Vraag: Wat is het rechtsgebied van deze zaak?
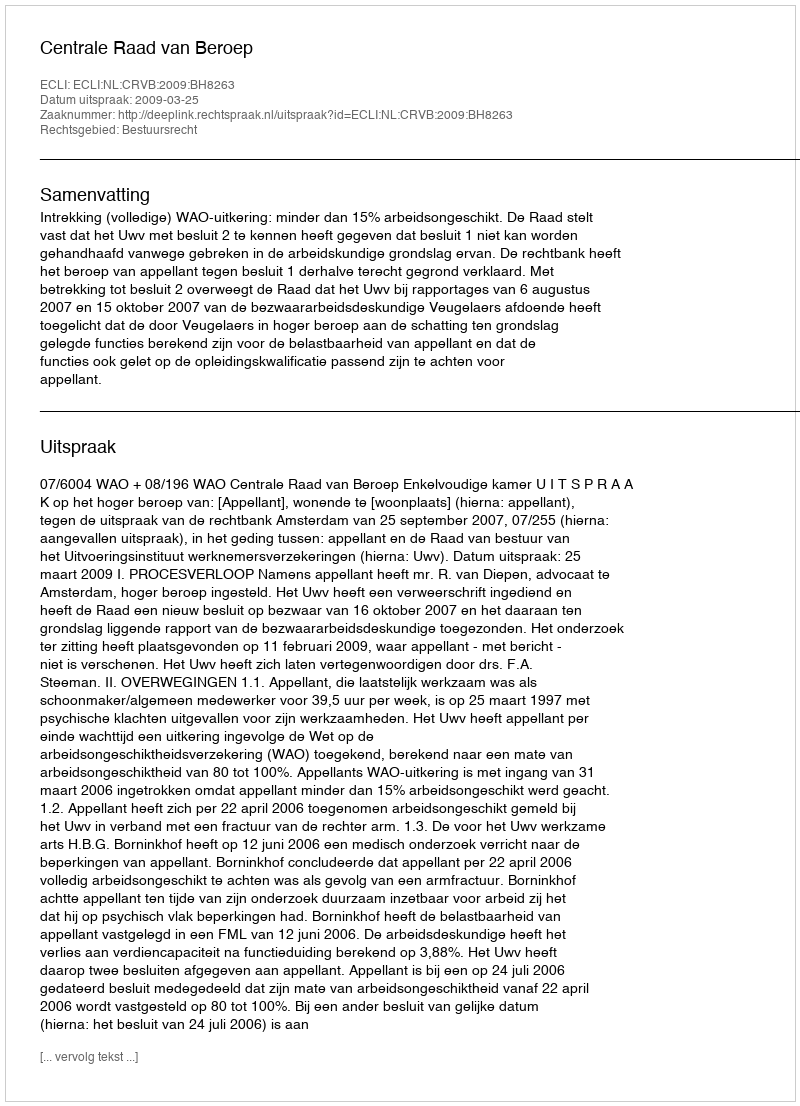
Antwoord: Bestuursrecht